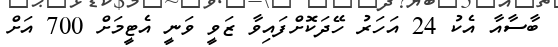
ބާސާއާ އެކު 24 އަހަރު ހޭދަކޮށްފައިވާ ޒަވީ ވަނީ އެޓީމަށް 700 އަށް